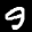
Label: 9